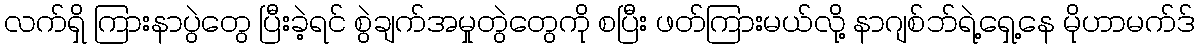
လက်ရှိ ကြားနာပွဲတွေ ပြီးခဲ့ရင် စွဲချက်အမှုတွဲတွေကို စပြီး ဖတ်ကြားမယ်လို့ နာဂျစ်ဘ်ရဲ့ရှေ့နေ မိုဟာမက်ဒ်